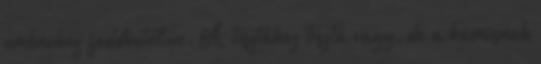
emberhez feddhetetlen. A tisztához tiszta vagy, de a hamisnak